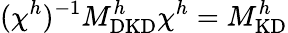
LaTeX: (\chi^{h})^{-1}M_{\mathrm{DKD}}^{h}\chi^{h}=M_{\mathrm{KD}}^{h}